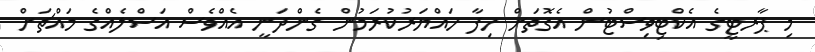
މި ޕާރޓީގެ އެކްޓިވިސްޓުން އެގޮތަށް ހިފާ ހައްޔަރުކުރަމުން ގެންދަނީ އެއްވެސް އަސްލެއްގެ މައްޗަށް